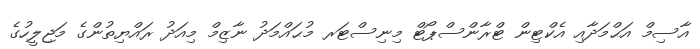
އާސިމް އަޙްމަދާއި އެކްޓިން ޓްރާންސްޕޯޓް މިނިސްޓަރ މުޙައްމަދު ނާޒިމް މިއަދު ރައްޔިތުންގެ މަޖިލީހުގެ